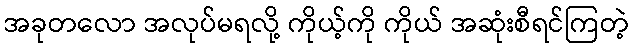
အခုတလော အလုပ်မရလို့ ကိုယ့်ကို ကိုယ် အဆုံးစီရင်ကြတဲ့